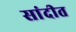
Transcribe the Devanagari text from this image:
सांदीत